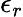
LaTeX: \epsilon_{r}